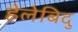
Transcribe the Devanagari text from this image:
हेलेबिदु